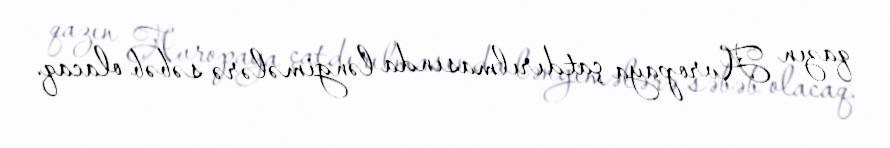
qazın Avropaya çatdırılmasında ləngimələrə səbəb olacaq.